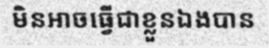
មិនអាចធ្វើជាខ្លួនឯងបាន